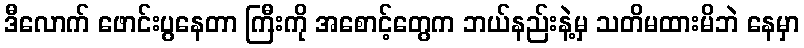
ဒီလောက် ဖောင်းပွနေတာ ကြီးကို အစောင့်တွေက ဘယ်နည်းနဲ့မှ သတိမထားမိဘဲ နေမှာ